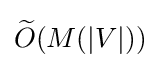
{\widetilde {O}}(M(|V|))